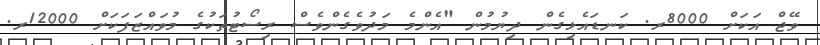
ވޭޖް އަކަށް 8000ރ. ކަނޑައެޅިގެން ދިޔުމުން "އެންމެ މަދުވެގެންވެސް ރިސޯޓުތަކުގެ މުވައްޒަފަކަށް 12000ރ.